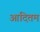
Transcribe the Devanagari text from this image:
आदितम